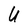
Character: U